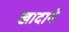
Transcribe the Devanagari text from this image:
खादानें